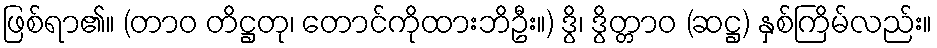
ဖြစ်ရာ၏။ (တာဝ တိဋ္ဌတု၊ တောင်ကိုထားဘိဦး။) ဒွိ၊ ဒွိတ္တာဝ (ဆဋ္ဌ) နှစ်ကြိမ်လည်း။